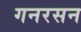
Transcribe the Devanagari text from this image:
गनरसन